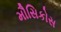
મૌસિકોસ